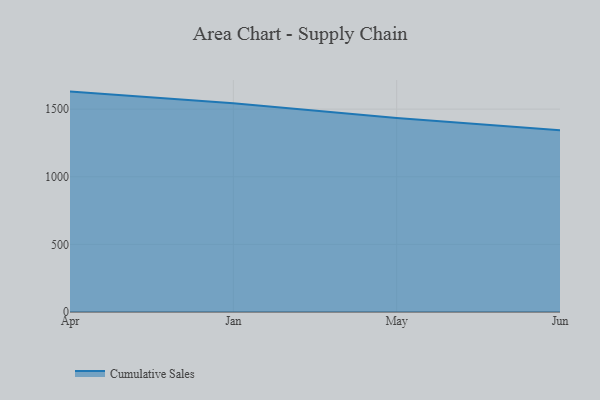
{"axis": {"x": "Month", "y": "Demand Index"}, "legend": ["Cumulative Sales"], "data": [{"x": "Apr", "y": 1629.6, "type": "Cumulative Sales"}, {"x": "Jan", "y": 1542.6, "type": "Cumulative Sales"}, {"x": "May", "y": 1434.0, "type": "Cumulative Sales"}, {"x": "Jun", "y": 1344.1, "type": "Cumulative Sales"}]}